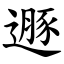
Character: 遯